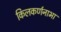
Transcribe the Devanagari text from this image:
किलकर्णनाभा